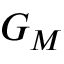
G _ { M }